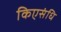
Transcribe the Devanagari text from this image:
किएसंधि